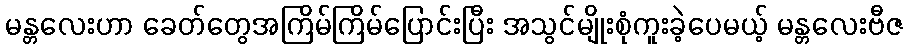
မန္တလေးဟာ ခေတ်တွေအကြိမ်ကြိမ်ပြောင်းပြီး အသွင်မျိုးစုံကူးခဲ့ပေမယ့် မန္တလေးဗီဇ